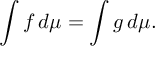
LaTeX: \int f \, d \mu = \int g \, d \mu .